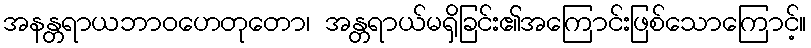
အနန္တရာယဘာဝဟေတုတော၊ အန္တရာယ်မရှိခြင်း၏အကြောင်းဖြစ်သောကြောင့်။